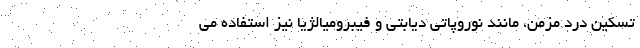
تسکین درد مزمن، مانند نوروپاتی دیابتی و فیبرومیالژیا نیز استفاده می